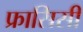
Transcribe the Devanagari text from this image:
फ्रासिसी